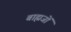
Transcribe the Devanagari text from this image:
बाह्मजों